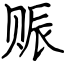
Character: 赈